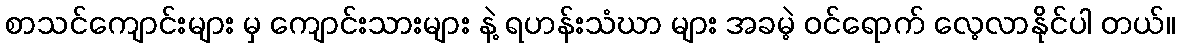
စာသင်ကျောင်းများ မှ ကျောင်းသားများ နဲ့ ရဟန်းသံဃာ များ အခမဲ့ ဝင်ရောက် လေ့လာနိုင်ပါ တယ်။